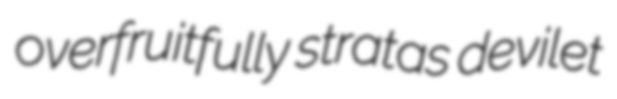
overfruitfully stratas devilet